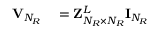
\begin{array} { r l } { { \bf { V } } _ { N _ { R } } } & { { } = { \bf { Z } } _ { N _ { R } \times N _ { R } } ^ { L } { \bf { I } } _ { N _ { R } } } \end{array}